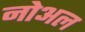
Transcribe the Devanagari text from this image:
नोअल